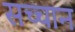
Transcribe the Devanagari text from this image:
सच्चान